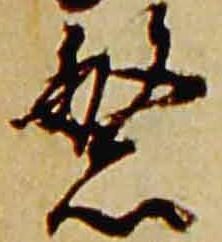
繁